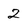
Character: 2